Vaccination United Provinces of Agra and Oudh 1914-1922 - 1914-1922
Year: 1914
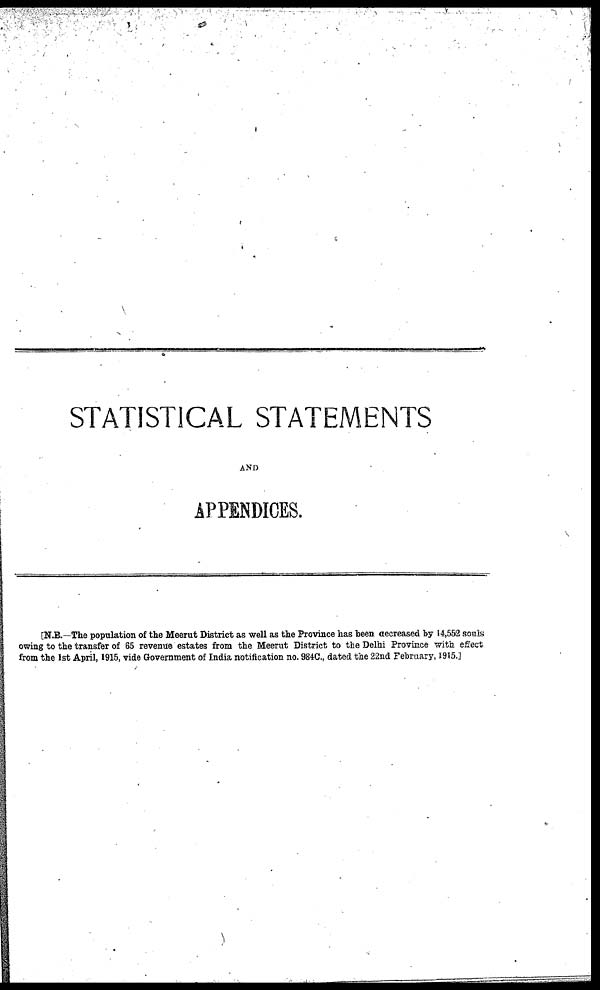
STATISTICAL STATEMENTS
AND
APPENDICES.
[N.B.—The population of the Meerut District as well as the Province has been decreased by 14,552 souls
owing to the transfer of 65 revenue estates from the Meerut District to the Delhi Province with effect
from the 1st April, 1915, vide Government of India notification no. 984C., dated the 22nd February, 1915.]